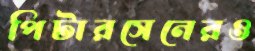
পিটারসেনেরও